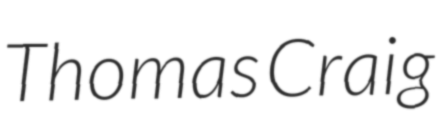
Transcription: Thomas Craig